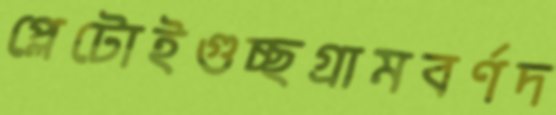
প্লেটোইগুচ্ছগ্রামবর্ণদ